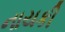
નાયકી